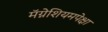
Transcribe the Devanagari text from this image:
मॅग्नेशियमपेक्षा